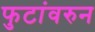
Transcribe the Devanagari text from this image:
फुटांवरुन